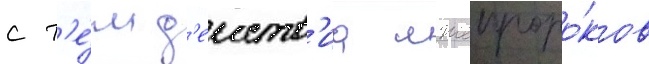
с т'е́м д'еиств'иа лжепроро́ков